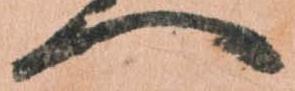
へ